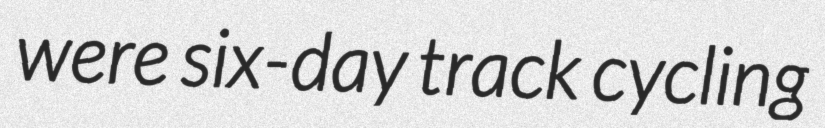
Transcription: were six-day track cycling